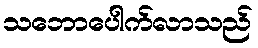
သဘောပေါက်လာသည်